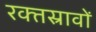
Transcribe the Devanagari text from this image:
रक्‍तस्रावों